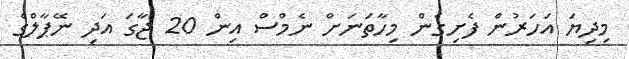
މިިދިޔަ އަހަރުން ފެށިގެން މިހާތަނަށް ނެމްސް އިން 20 ޖާގަ އަދި ނޭޕާލްގެ